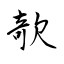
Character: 欹